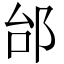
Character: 邰